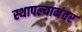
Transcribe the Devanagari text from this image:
स्थापल्यानंतर